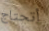
أتحتاج